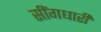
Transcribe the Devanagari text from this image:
सींगधारी